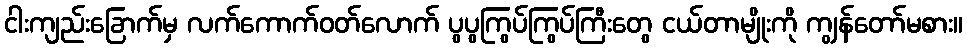
ငါးကျည်းခြောက်မှ လက်ကောက်ဝတ်လောက် ပွပွကြွပ်ကြွပ်ကြီးတွေ ငယ်တာမျိုးကို ကျွန်တော်မစား။